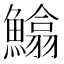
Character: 𩻵